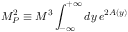
M _ { P } ^ { 2 } \equiv M ^ { 3 } \int _ { - \infty } ^ { + \infty } d y \, e ^ { 2 A ( y ) }